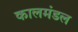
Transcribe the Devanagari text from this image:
कालमंडल